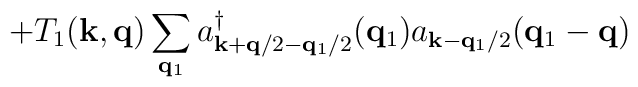
+ T_{1}({\bf{k}}, {\bf{q}})\sum_{ {\bf{q}}_{1} }a^{\dagger}_{ {\bf{k}} + {\bf{q}}/2 - {\bf{q}}_{1}/2 }({\bf{q}}_{1})a_{ {\bf{k}} - {\bf{q}}_{1}/2 }({\bf{q}}_{1} - {\bf{q}})